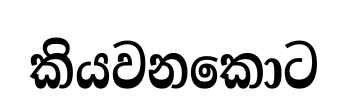
කියවනකොට